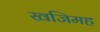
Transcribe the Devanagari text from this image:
खजिमह